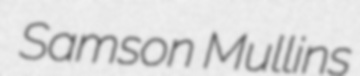
Samson Mullins